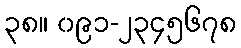
၃၈။ ၀၉၁-၂၃၄၅၆၇၈